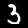
Digit: 3